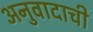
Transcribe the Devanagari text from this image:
अनुवादाची